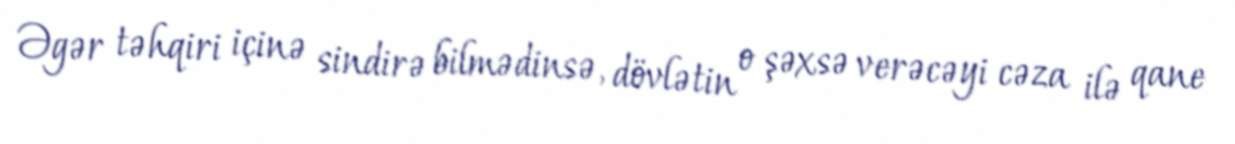
Əgər təhqiri içinə sindirə bilmədinsə, dövlətin o şəxsə verəcəyi cəza ilə qane